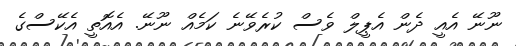
ނޫނޭ އެއީ ދެން އެޕީލް ވެސް ކުރެވޭނެ ކަމެއް ނޫނޭ. އެއޮތީ އެކޭސްގެ